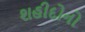
શહીદોનો